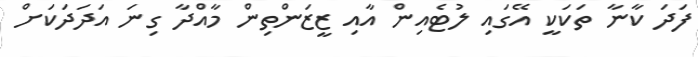
ފަދަ ކާނާ ތަކަކީ އޭގައި ލުޓެއިން އާއި ޒީޒަންތިން މާއްދާ ގިނަ އަދަދަކަށް